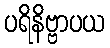
ပရိနိဗ္ဗာပယ